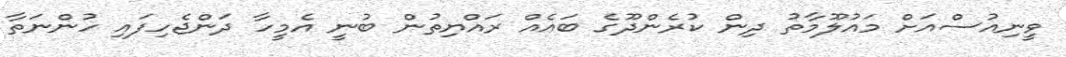
ވީނިއުސްއަށް މައުލޫމާތު ދިން ކުރެންދޫގެ ބައެއް ރައްޔިތުން ބުނީ އެމީހާ ދަންޖެހިފައި ހުންނަތާ